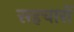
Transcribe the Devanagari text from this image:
सहचारों